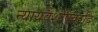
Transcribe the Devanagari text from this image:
न्यायवैशेषिकादि